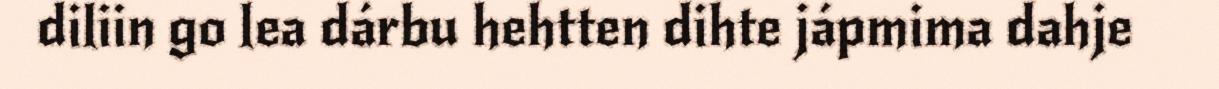
diliin go lea dárbu hehtten dihte jápmima dahje